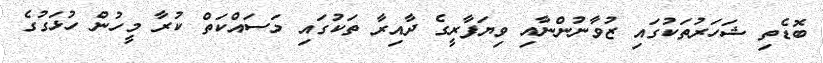
ބޮޑެތި ޝަހަރުތަކުގައި ޒުވާނުންނާއި ވިޔަފާރީގެ ދާއިރާ ތަކުގައި މަސައްކަތް ކުރާ މީހުން ހުޅަގުގެ